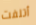
أتلفت